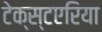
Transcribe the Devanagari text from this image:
टेक्स्टएरिया